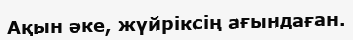
Ақын әке, жүйріксің ағындаған.